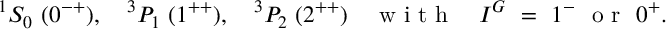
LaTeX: ^ { 1 } S _ { 0 } \ ( 0 ^ { - + } ) , \quad ^ { 3 } P _ { 1 } \ ( 1 ^ { + + } ) , \quad ^ { 3 } P _ { 2 } \ ( 2 ^ { + + } ) \quad \textrm { w i t h } \quad I ^ { G } \ = \ 1 ^ { - } \ \textrm { o r } \ 0 ^ { + } .